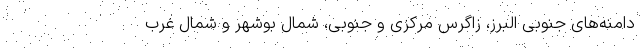
دامنه‌های جنوبی البرز، زاگرس مرکزی و جنوبی، شمال بوشهر و شمال غرب